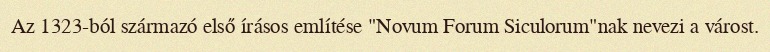
Az 1323-ból származó első írásos említése "Novum Forum Siculorum"nak nevezi a várost.